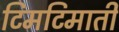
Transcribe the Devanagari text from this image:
टिमटिमाती